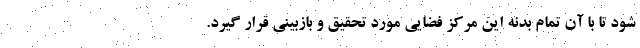
شود تا با آن تمام بدنه این مرکز فضایی مورد تحقیق و بازبینی قرار گیرد.